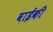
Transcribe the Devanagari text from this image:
वाईकी